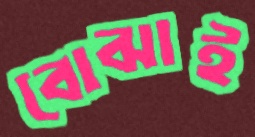
বোঝাই